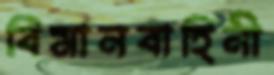
বিমানবাহিনী